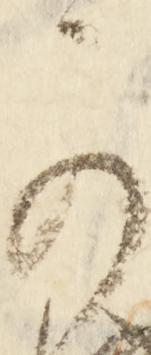
可